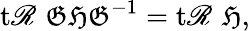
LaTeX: \operatorname{t\mathscr{R}}\, {\mathfrak{{GHG}}}^{-1}=\operatorname{t\mathscr{R}}\, {\mathfrak{{H}}},